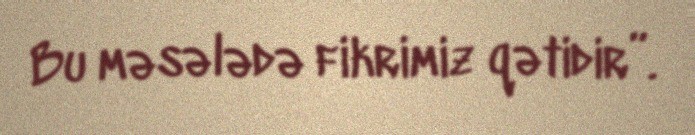
Bu məsələdə fikrimiz qətidir”.